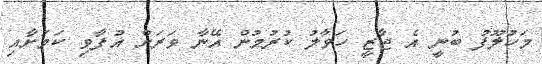
މަހުލޫފު ބުނީ އެ ޖާޒީ ހަވާލު ކުރުމުން އޭނާ ވަރަށް އުފާވި ކަމަށާއި